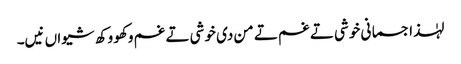
لہٰذا جسمانی خوشی تے غم تے من دی خوشی تے غم وکھو وکھ شیواں نیں۔